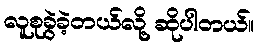
လူစုခွဲခဲ့တယ်လို့ ဆိုပါတယ်။